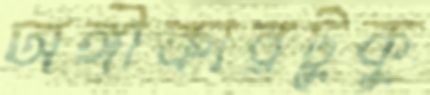
অঙ্গীকারটুকু